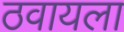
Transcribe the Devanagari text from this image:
ठवायला